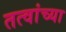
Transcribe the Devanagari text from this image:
तत्वांच्या